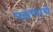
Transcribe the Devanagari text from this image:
पठणाचे